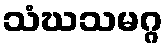
သံဃသမဂ္ဂ